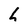
Character: h